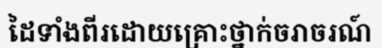
ដៃទាំងពីរដោយគ្រោះថ្នាក់ចរាចរណ៍